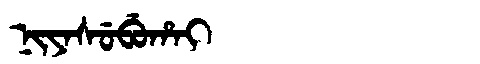
Manchu: ᠨᡳᠶᠠᠰᡠᠪᡠᡥᠠᡳ
Romanization: NIYASUBUHAI